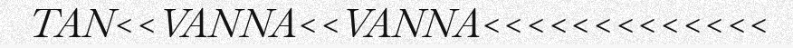
TAN<<VANNA<<VANNA<<<<<<<<<<<<<